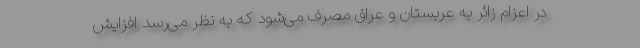
در اعزام زائر به عربستان و عراق مصرف می‌شود که به نظر می‌رسد افزایش